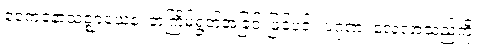
ဧကေနောသဇ္ဈာယေန၊ တကြိမ်ရွတ်အံခြင်းဖြင့်ပင်။ ပဂုဏံ၊ လေ့လာသည်ကို။